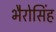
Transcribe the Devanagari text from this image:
भैरोसिंह